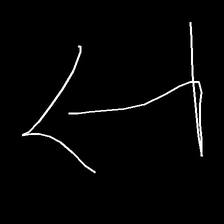
Glyph: levitation